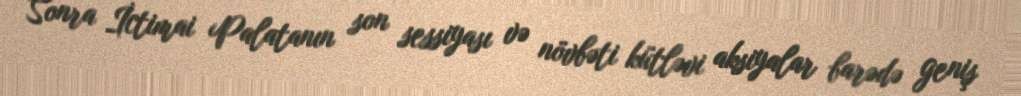
Sonra İctimai Palatanın son sessiyası və növbəti kütləvi aksiyalar barədə geniş